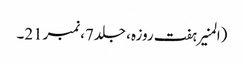
(المنیر ہفت روزہ، جلد7،نمبر21۔